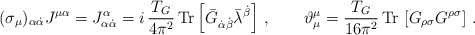
\begin{align*}(\sigma_\mu)_{\alpha \dot\alpha}J^{\mu\alpha}=J^\alpha_{\alpha \dot\alpha}= i\,\frac{T_G }{4\pi^2}\, \mbox{Tr}\left[ \bar G_{\dot\alpha\dot \beta}\bar \lambda^{\dot\beta}\right]\,,\qquad\vartheta^\mu_{\mu}=\frac{T_G }{16\pi^2}\,\mbox{Tr} \,\left[G_{\rho\sigma}G^{\rho\sigma}\right]\,.\end{align*}